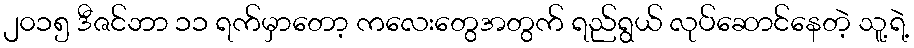
၂၀၁၅ ဒီဇင်ဘာ ၁၁ ရက်မှာတော့ ကလေးတွေအတွက် ရည်ရွယ် လုပ်ဆောင်နေတဲ့ သူ့ရဲ့